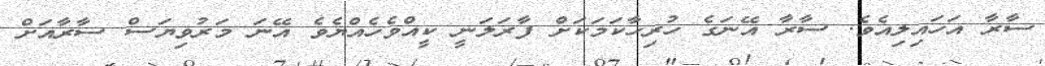
ސާރާ އަހައިލިއެވެ. ސާރާ އޭނަގެ ހުރިހާކަމަކަށް ފާރަލަނީ ކީއްވެހެއްޔެވެ އޭނަ މަރުވިޔަސް ސާރާއަށް